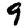
Digit: 9